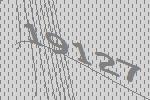
19127